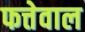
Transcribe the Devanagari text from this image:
फत्तेवाल